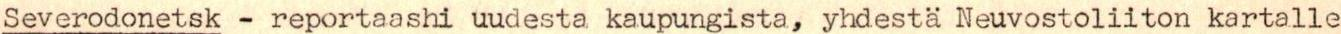
Severodonetsk - reportaashi uudesta kaupungista, yhdestä Neuvostoliiton kartalle